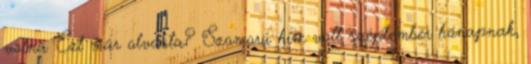
volna Ezt már olvasta? Szomorú híre volt szeptember hónapnak,